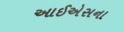
આઈએસના